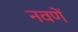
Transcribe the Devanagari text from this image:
नवणें